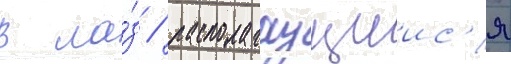
в ла́з / располагаущиис'я